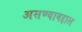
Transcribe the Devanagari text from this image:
असण्याबद्दाल